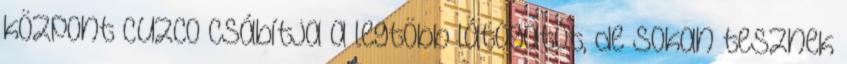
központ Cuzco csábítja a legtöbb látogatót, de sokan tesznek